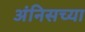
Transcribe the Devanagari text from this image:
अंनिसच्या